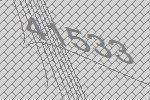
41533